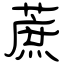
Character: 蔗